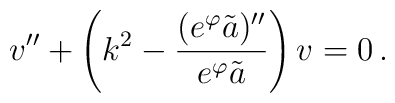
v'' +  \left( k^2 - {(e^\varphi\tilde{a})''\over e^\varphi\tilde{a}} \right) v = 0 \, .